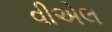
વીએલ